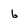
Character: 6